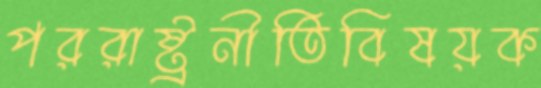
পররাষ্ট্রনীতিবিষয়ক